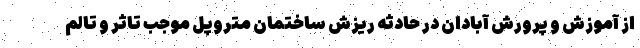
از آموزش و پرورش آبادان در حادثه ریزش ساختمان متروپل موجب تاثر و تالم